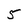
Character: 5